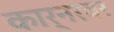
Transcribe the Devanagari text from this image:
कार्नरवर